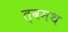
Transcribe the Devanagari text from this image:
त्वमथ